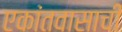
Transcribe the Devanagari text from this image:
एकांतवासाची